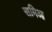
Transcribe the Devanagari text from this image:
समिआ